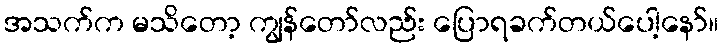
အသက်က မသိတော့ ကျွန်တော်လည်း ပြောရခက်တယ်ပေါ့နော်။